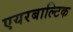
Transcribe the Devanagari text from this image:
एयरबाल्टिक